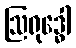
ဩရုဒ္ဓေါ